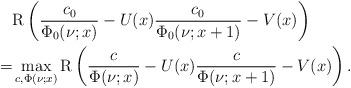
\begin{align*}&\mathrm{R}\left(\frac{c_0}{\Phi_0(\nu;x)}-U(x)\frac{c_0}{\Phi_0(\nu;x+1)}-V(x)\right)\\=&\max_{c, \Phi(\nu;x)}\mathrm{R}\left(\frac{c}{\Phi(\nu;x)}-U(x)\frac{c}{\Phi(\nu;x+1)}-V(x)\right).\end{align*}